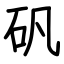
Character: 矾